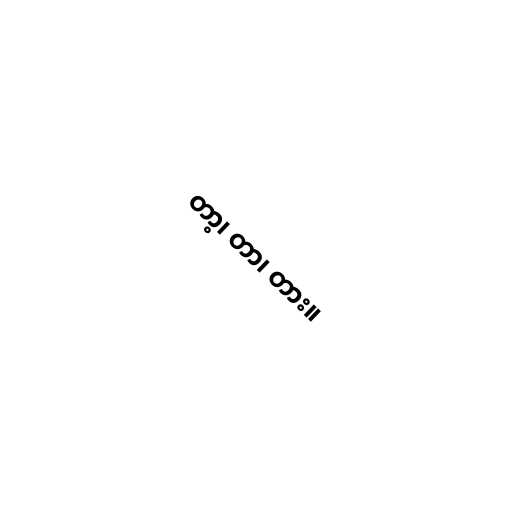
တာ့၊ တာ၊ တား။